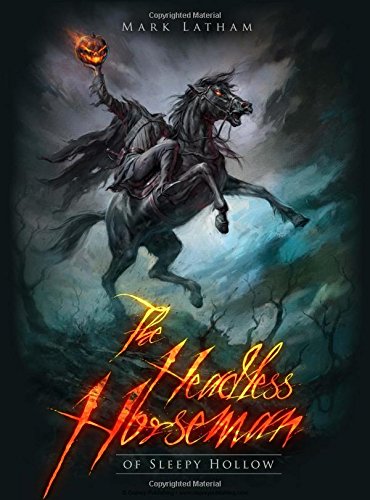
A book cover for The Headless Horseman of Sleepy Hollow (Dark); Mark Latham; Literature & Fiction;